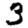
Digit: 3